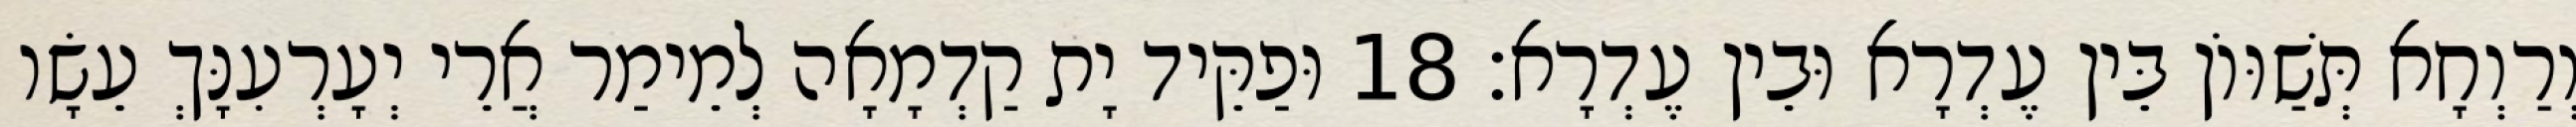
וְרַוְחָא תְּשַׁוּוֹן בֵּין עֶדְרָא וּבֵין עֶדְרָא׃ 18 וּפַקֵּיד יָת קַדְמָאָה לְמֵימַר אֲרֵי יְעָרְעִנָּךְ עֵשָׂו